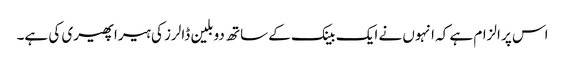
اس پر الزام ہے کہ انہوں نے ایک بینک کے ساتھ دو بلین ڈالرز کی ہیرا پھیری کی ہے۔